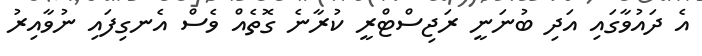
އެ ދައުވާގައި އަދި ބުނަނީ ރަޖިސްޓްރީ ކުރާނެ ގޮތެއް ވެސް އެނގިފައި ނުވާއިރު